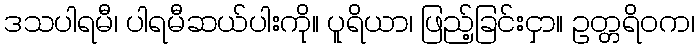
ဒသပါရမီ၊ ပါရမီဆယ်ပါးကို။ ပူရိယာ၊ ဖြည့်ခြင်းငှာ။ ဥတ္တရိဝက၊